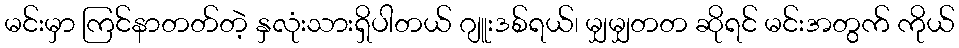
မင်းမှာ ကြင်နာတတ်တဲ့ နှလုံးသားရှိပါတယ် ဂျူးဒစ်ရယ်၊ မျှမျှတတ ဆိုရင် မင်းအတွက် ကိုယ်